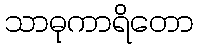
သာဓုကာရိတော